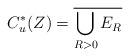
LaTeX: \begin{align*}C^*_u(Z)=\overline{\bigcup_{R>0}E_R}\end{align*}